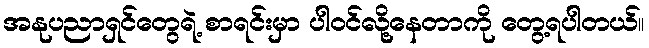
အနုပညာရှင်တွေရဲ့ စာရင်းမှာ ပါဝင်လို့နေတာကို တွေ့ရပါတယ်။